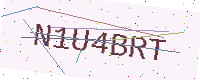
Text: N1U4BRT